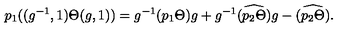
p _ { 1 } ( ( g ^ { - 1 } , 1 ) \Theta ( g , 1 ) ) = g ^ { - 1 } ( p _ { 1 } \Theta ) g + g ^ { - 1 } \widehat { ( p _ { 2 } \Theta ) } g - \widehat { ( p _ { 2 } \Theta ) } .